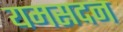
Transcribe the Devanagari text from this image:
यमसदन